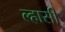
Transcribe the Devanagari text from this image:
ल्हासी